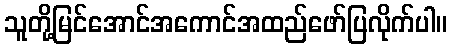
သူတို့မြင်အောင်အကောင်အထည်ဖော်ပြလိုက်ပါ။